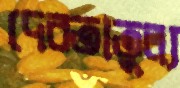
দেবতাতুল্য